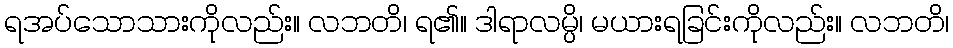
ရအပ်သောသားကိုလည်း။ လဘတိ၊ ရ၏။ ဒါရာလမ္ပိ၊ မယားရခြင်းကိုလည်း။ လဘတိ၊